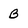
Character: B